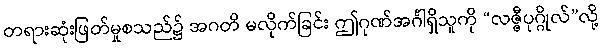
တရားဆုံးဖြတ်မှုစသည်၌ အဂတိ မလိုက်ခြင်း ဤဂုဏ်အင်္ဂါရှိသူကို “လဇ္ဇီပုဂ္ဂိုလ်”လို့